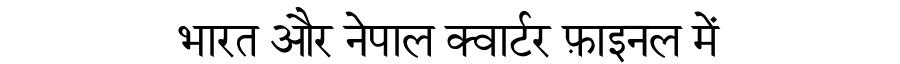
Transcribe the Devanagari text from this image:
भारत और नेपाल क्वार्टर फ़ाइनल में